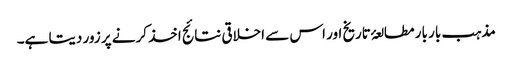
مذہب بار بار مطالعۂ تاریخ اور اس سے اخلاقی نتائج اخذ کرنے پر زور دیتا ہے۔